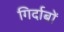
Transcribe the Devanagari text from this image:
गिर्दाबों